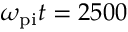
\omega _ { \mathrm { p i } } t = 2 5 0 0